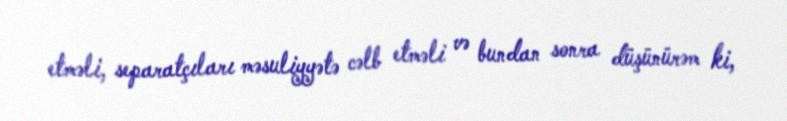
etməli, separatçıları məsuliyyətə cəlb etməli və bundan sonra düşünürəm ki,